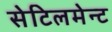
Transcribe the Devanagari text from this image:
सेटिलमेन्ट